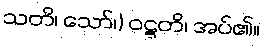
သတိ၊ သော်၊) ဝဋ္ဋတိ၊ အပ်၏။